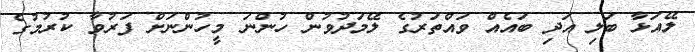
ލޭއަޅާ ބަލި އަދި ބައެއް ވައްތަރުގެ ލޭމަދުވުން ހުންނަ މީހުންނަށް ފަރުވާ ކުރުމުގެ